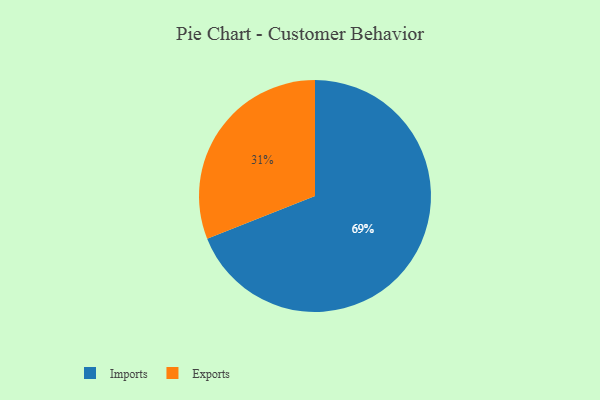
{"axis": {"x": "Category", "y": "Percentage"}, "legend": ["Exports", "Imports"], "data": [{"x": "Imports", "y": 69, "type": "Imports"}, {"x": "Exports", "y": 31, "type": "Exports"}]}